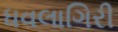
ધવલાગિરી